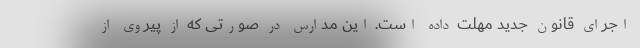
اجرای قانون جدید مهلت داده است. این مدارس در صورتی که از پیروی از